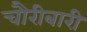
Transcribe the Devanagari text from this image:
चौरीबारी